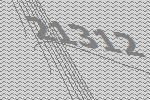
21312